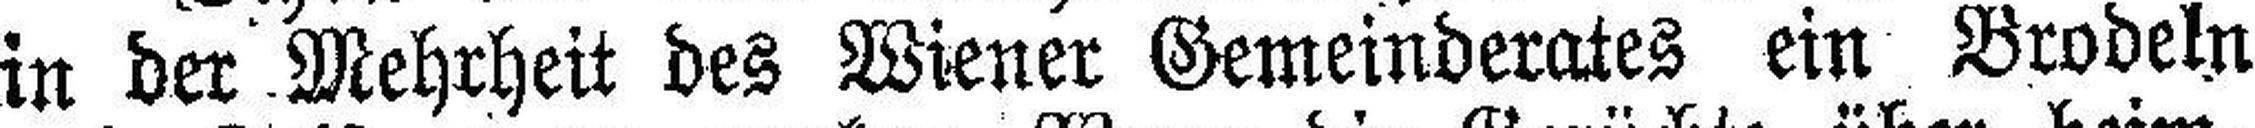
in der Mehrheit des Wiener Gemeinderates ein Brodeln